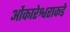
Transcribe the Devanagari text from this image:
ओंकारेश्वराकडे